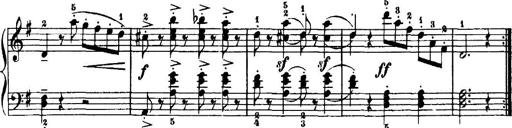
Title: 7 Sonatinas
Composer: Anton Diabelli